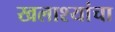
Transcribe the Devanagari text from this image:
खलाश्यांचा